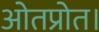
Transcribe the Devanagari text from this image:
ओतप्रोत।